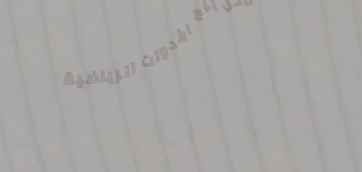
محل بيع الأدوات الرياضية